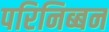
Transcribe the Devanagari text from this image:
परिनिब्बन